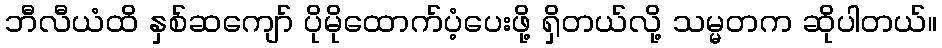
ဘီလီယံထိ နှစ်ဆကျော် ပိုမိုထောက်ပံ့ပေးဖို့ ရှိတယ်လို့ သမ္မတက ဆိုပါတယ်။